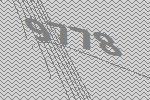
9778